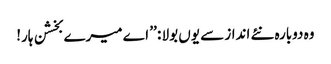
وہ دوبارہ نئے انداز سے یوں بولا : ’’ اے میرے بخشن ہار!